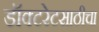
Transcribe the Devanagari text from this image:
डॉक्टरेटसाठीचा